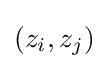
(z_{i},z_{j})